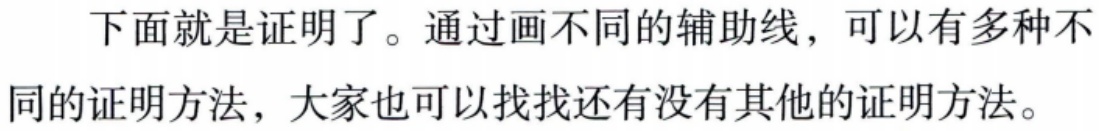
下面就是证明了。通过画不同的辅助线，可以有多种不同的证明方法，大家也可以找找还有没有其他的证明方法。